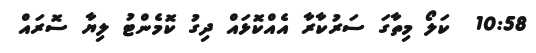
10:58  ކަލޯ މިތާގަ ސަރުކާރާ އެއްކޮޅައް ދިގު ކޮމެންޓު ލިޔާ ސޮރައް